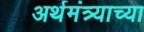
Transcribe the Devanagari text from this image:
अर्थमंत्र्याच्या